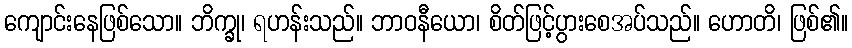
ကျောင်းနေဖြစ်သော။ ဘိက္ခု၊ ရဟန်းသည်။ ဘာဝနီယော၊ စိတ်ဖြင့်ပွားစေအပ်သည်။ ဟောတိ၊ ဖြစ်၏။